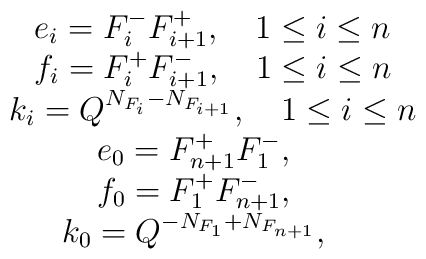
\begin{array}{c} e_{i}= F_{i}^{-} F_{i+1}^{+},~~~ 1 \le i \le n  \\ f_{i}= F_{i}^{+} F_{i+1}^{-},~~~ 1 \le i \le n  \\ k_{i}= Q^{N_{F_{i}}- N_{F_{i+1}}},~~~ 1 \le i \le n  \\ e_{0}= F_{n+1}^{+} F_{1}^{-},~~~ \\ f_{0}= F_{1}^{+} F_{n+1}^{-},~~~ \\ k_{0}= Q^{-N_{F_{1}}+ N_{F_{n+1}}},~~~ \\ \end{array}